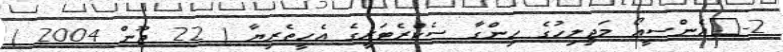
2-	އެންސީއޯ މަޖިލިހުގެ ހިންގާ ސެކްރެޓަރީގެ އެހީތެރިޔާ ( 22 ޖޫން 2004 )